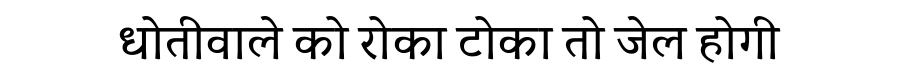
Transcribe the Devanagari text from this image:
धोतीवाले को रोका टोका तो जेल होगी